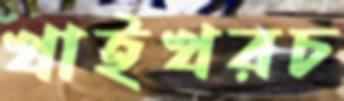
খাইখরচ